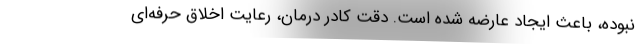
نبوده، باعث ایجاد عارضه شده است. دقت کادر درمان، رعایت اخلاق حرفه‌ای